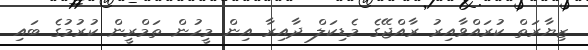
ޒިޔާރަތް ކުރައްވާއިރު ރާއްޖޭގެ މެޑިކަލް ދާއިރާ އިން މީހުން ތަމްރީން ކުރުމުގެ ބައި